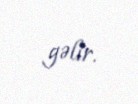
gəlir.